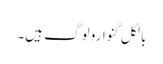
بالکل گنوارو لوگ ہیں۔